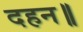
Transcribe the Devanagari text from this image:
दहन॥